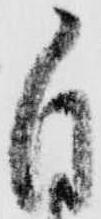
自